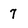
Character: 7